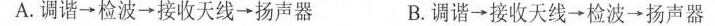
A.调谐\longrightarrow 检波\longrightarrow 接收天线\longrightarrow 扬声器 B.调谐\longrightarrow 接收天线\longrightarrow 检波\longrightarrow 扬声器